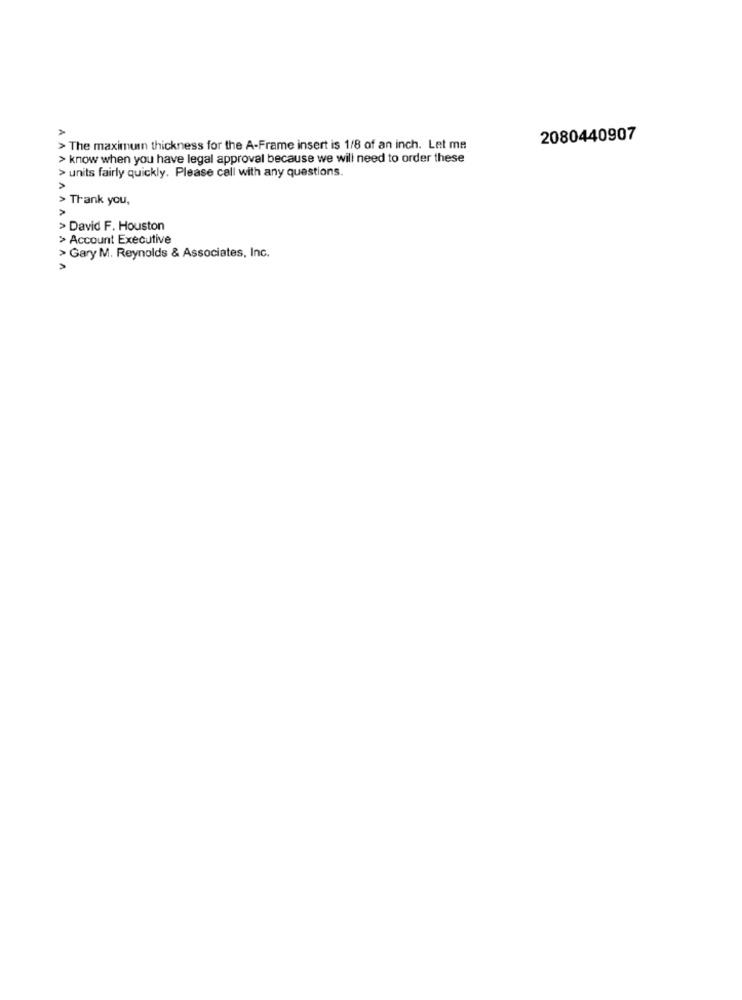
2080440907
> The maximumn thickness for the A-Frame insert is 1/8 of an inch. Let me
> know when you have legal approval because we will need to order these
> units fairly quickly. Please call with any questions.
A
> Thank you,
>
> David F. Houston
> Account Executive
> Gary M. Reynolds & Associates, Inc.